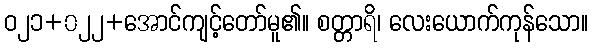
ဝ၂၁+၀၂၂+အောင်ကျင့်တော်မူ၏။ စတ္တာရိ၊ လေးယောက်ကုန်သော။